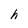
Character: h